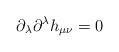
LaTeX: \begin{align*}\partial_\lambda \partial^\lambda h_{\mu \nu} = 0\end{align*}